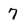
Character: 7